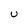
Character: U